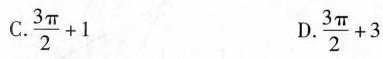
C.$$\frac { 3 π } { 2 } + 1$$ D.$$\frac { 3 π } { 2 } + 3$$